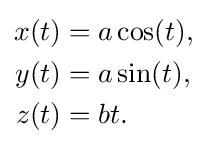
{\begin{aligned}x(t)&=a\cos(t),\\y(t)&=a\sin(t),\\z(t)&=bt.\end{aligned}}